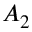
A _ { 2 }